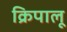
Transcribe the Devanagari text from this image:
क्रिपालू